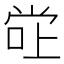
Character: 𫵂